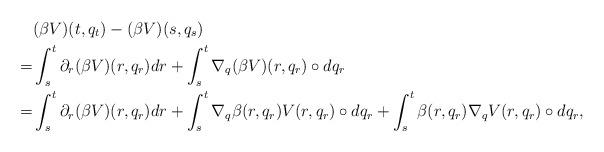
LaTeX: \begin{align*}&(\beta V)(t,q_t)-(\beta V)(s,q_s)\\=& \int_s^t \partial_r(\beta V)(r,q_r) dr+\int_s^t \nabla_q(\beta V)(r,q_r)\circ dq_r\\=& \int_s^t \partial_r(\beta V)(r,q_r) dr+\int_s^t \nabla_q\beta(r,q_r) V(r,q_r)\circ dq_r+\int_s^t \beta(r,q_r)\nabla_qV(r,q_r)\circ dq_r,\end{align*}